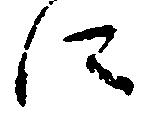
に